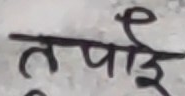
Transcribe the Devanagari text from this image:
तपाईं